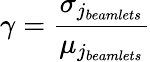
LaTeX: \gamma=\frac{\sigma_{j_{beamlets}}}{\mu_{j_{beamlets}}}